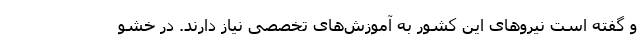
و گفته است نیروهای این کشور به آموزش‌های تخصصی نیاز دارند. در خشو